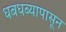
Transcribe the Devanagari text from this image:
धबधब्यापासून